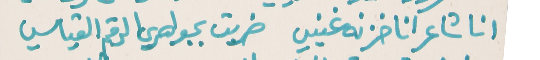
انا شاعر انا خزنه غنيي   ضربت بجواهري الرقم القياسي